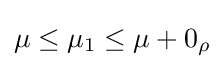
\mu \leq \mu _{1}\leq \mu +0_{\rho }